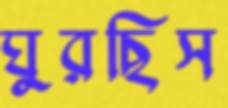
ঘুরছিস